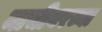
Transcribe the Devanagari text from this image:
माचीवरच्या